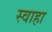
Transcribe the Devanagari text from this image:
स्‍वाहा